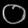
Digit: ၀